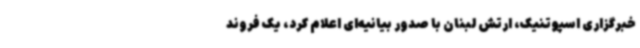
خبرگزاری اسپوتنیک، ارتش لبنان با صدور بیانیه‌ای اعلام کرد، یک فروند